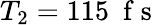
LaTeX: T_{2}=115~\mathrm{~f~s~}